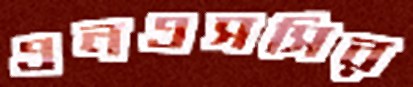
এনএসসির